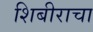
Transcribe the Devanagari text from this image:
शिबीराचा